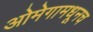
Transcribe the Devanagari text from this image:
ओमेगामधूनच